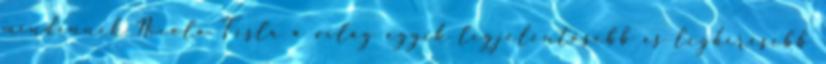
mindennek Nicola Tesla a világ egyik legjelentősebb és leghíresebb